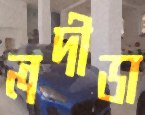
লদীডা